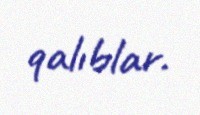
qalıblar.